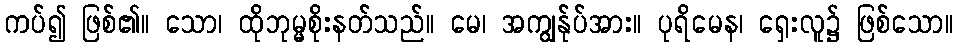
ကပ်၍ ဖြစ်၏။ သော၊ ထိုဘုမ္မစိုးနတ်သည်။ မေ၊ အကျွန်ုပ်အား။ ပုရိမေန၊ ရှေးလူ၌ ဖြစ်သော။